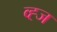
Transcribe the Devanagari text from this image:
व्ह्ज